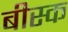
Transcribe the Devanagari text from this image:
बीस्क